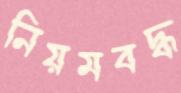
নিয়মবদ্ধ